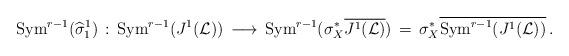
LaTeX: \begin{align*}{\rm Sym}^{r-1}(\widehat{\sigma}^1_1)\, :\, {\rm Sym}^{r-1}(J^1(\mathcal L)) \,\longrightarrow\,{\rm Sym}^{r-1}(\sigma^*_X\overline{J^1(\mathcal L)})\,=\, \sigma^*_X\overline{{\rm Sym}^{r-1}(J^1({\mathcal L}))}\, .\end{align*}